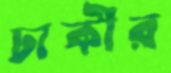
ঢাকীর